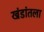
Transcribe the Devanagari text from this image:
खंडांतला